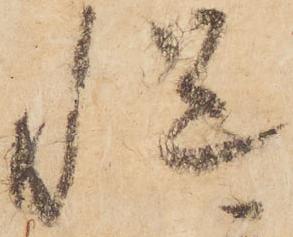
慥